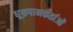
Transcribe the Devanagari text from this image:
धूम्रपानकर्ताओं